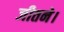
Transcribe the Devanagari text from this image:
जीतने।